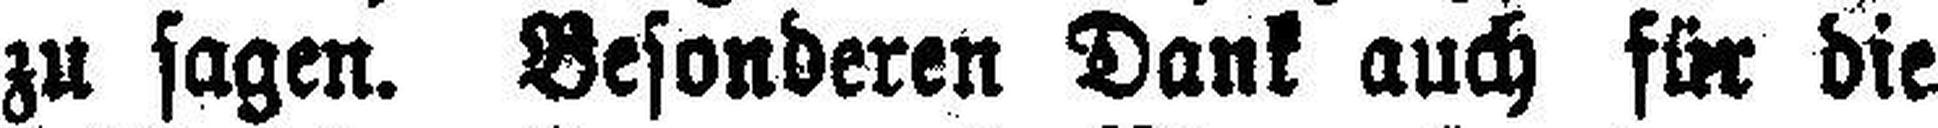
zu sagen. Besonderen Dank auch für die